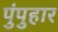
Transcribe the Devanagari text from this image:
पुंपुहार